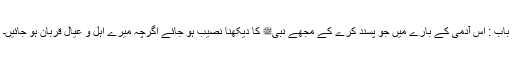
باب : اس آدمی کے بارے میں جو پسند کرے کے مجھے نبیﷺ کا دیکھنا نصیب ہو جائے اگرچہ میرے اہل و عیال قربان ہو جائیں۔